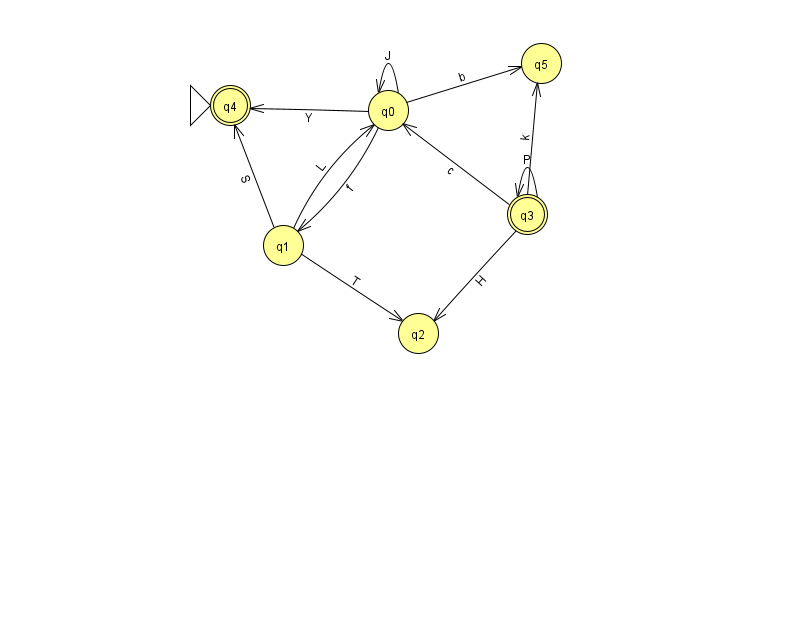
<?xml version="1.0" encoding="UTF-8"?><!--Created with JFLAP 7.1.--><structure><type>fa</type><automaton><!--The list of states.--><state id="0" name="q0"><x>388.0</x><y>97.0</y></state><state id="1" name="q1"><x>283.0</x><y>232.0</y></state><state id="2" name="q2"><x>418.0</x><y>320.0</y></state><state id="3" name="q3"><x>527.0</x><y>201.0</y><final/></state><state id="4" name="q4"><x>230.0</x><y>92.0</y><initial/><final/></state><state id="5" name="q5"><x>541.0</x><y>50.0</y></state><!--The list of transitions.--><transition><from>3</from><to>3</to><read>P</read></transition><transition><from>0</from><to>1</to><read>f</read></transition><transition><from>0</from><to>4</to><read>Y</read></transition><transition><from>3</from><to>0</to><read>c</read></transition><transition><from>0</from><to>0</to><read>J</read></transition><transition><from>1</from><to>4</to><read>S</read></transition><transition><from>1</from><to>0</to><read>L</read></transition><transition><from>1</from><to>2</to><read>T</read></transition><transition><from>3</from><to>2</to><read>H</read></transition><transition><from>3</from><to>5</to><read>k</read></transition><transition><from>0</from><to>5</to><read>b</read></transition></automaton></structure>